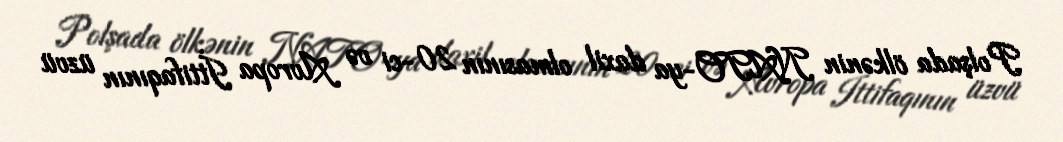
Polşada ölkənin NATO-ya daxil olmasının 20-ci və Avropa İttifaqının üzvü